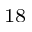
^ { 1 8 }